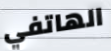
الهاتفي